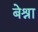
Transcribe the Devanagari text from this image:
बेश्रा